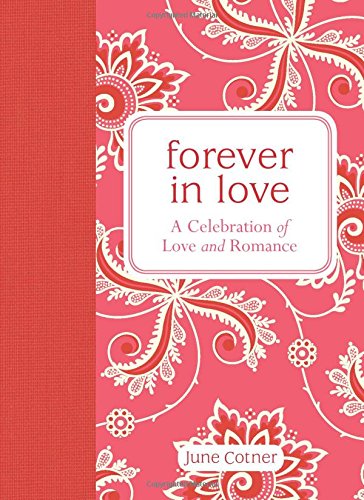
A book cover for Forever in Love: A Celebration of Love and Romance; June Cotner; Parenting & Relationships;